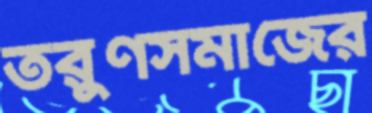
তরুণসমাজের